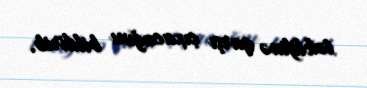
təklifinə qarşı çıxacağını bildirib.